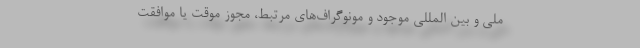
ملی و بین المللی موجود و مونوگراف‌‌های مرتبط، مجوز موقت یا موافقت